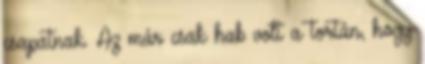
csapatnak. Az már csak hab volt a tortán, hogy